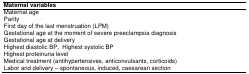
<table><thead><tr><td><b>Maternal variables</b></td></tr></thead><tbody><tr><td>Maternal age</td></tr><tr><td>Parity</td></tr><tr><td>First day of the last menstruation (LPM)</td></tr><tr><td>Gestational age at the moment of severe preeclampsia diagnosis</td></tr><tr><td>Gestational age at delivery</td></tr><tr><td>Highest diastolic BP, Highest systolic BP</td></tr><tr><td>Highest proteinuria level</td></tr><tr><td>Medical treatment (antihypertensives, anticonvulsants, corticoids)</td></tr><tr><td>Labor and delivery – spontaneous, induced, caesarean section</td></tr></tbody></table>